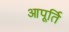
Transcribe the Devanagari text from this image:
आपूर्ति